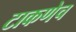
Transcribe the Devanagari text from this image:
टाकणेच